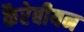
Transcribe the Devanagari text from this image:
कैरेबीयन